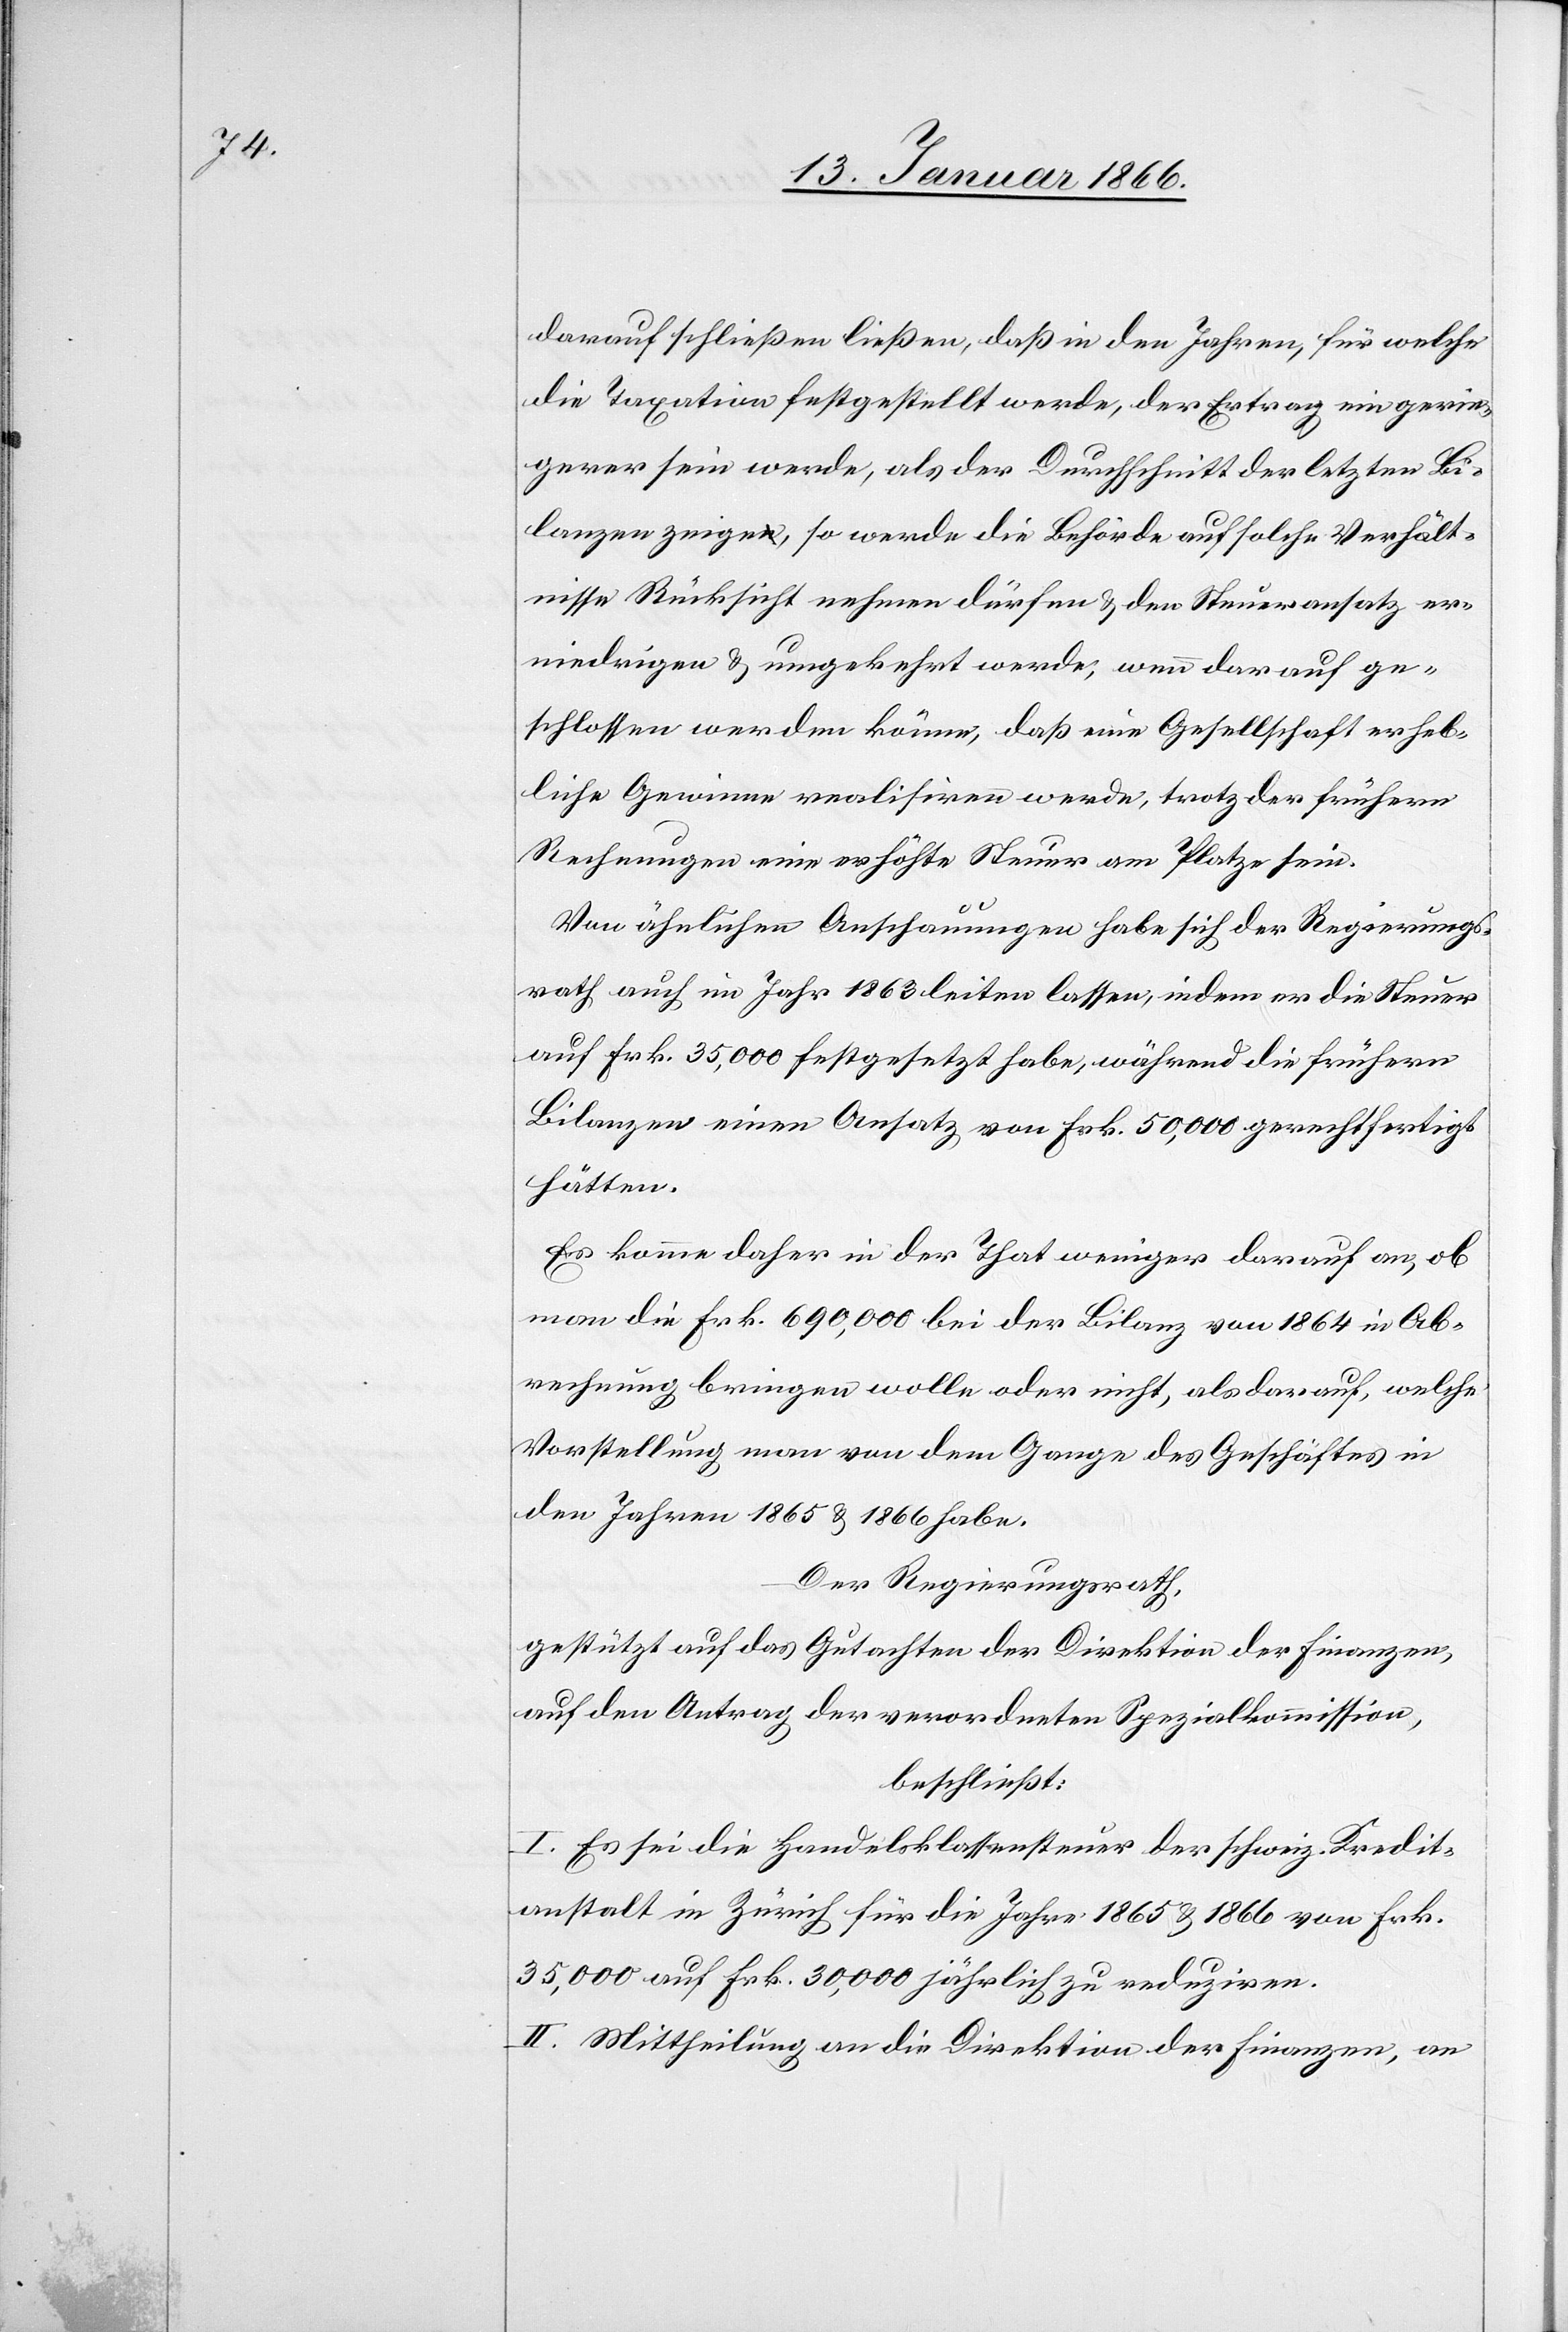
darauf schließen ließen, daß in den Jahren, für welche
die Taxation festgestellt werde, der Ertrag ein gerin¬
gerer sein werde, als der Durchschnitt der letzten Bi¬
lanzen zeigen, so werde die Behörde auf solche Verhält¬
nisse Rücksicht nehmen dürfen u. den Steueransatz n¬
iedrigen u. umgekehrt werde, wenn darauf ge¬
schlossen werden könne, daß eine Gesellschaft erheb¬
liche Gewinne realisiren werde, trotz der frühern
Rechnungen eine erhöhte Steuer am Platze sein.
Von ähnlichen Anschauungen habe sich der Regierungs¬
rath auch im Jahr 1863 leiten lassen, indem er die Steuer
auf Frk. 35,000 festgesetzt habe, während die frühern
Bilanzen einen Ansatz von Frk. 50,000 gerechtfertigt
hätten.
Es komme daher in der That weniger darauf an, ob
man die Frk. 690,000 bei der Bilanz von 1864 in Ab¬
rechnung bringen wolle oder nicht, als darauf, welche
Vorstellung man von dem Gange des Geschäftes in
den Jahren 1865 u. 1866 habe.
Der Regierungsrath,
gestützt auf das Gutachten der Direktion der Finanzen,
auf den Antrag der verordneten Spezialkommission,
beschließt:
I. Es sei die Handelsklassensteuer der schweiz. Kredit¬
anstalt in Zürich für die Jahre 1865 u. 1866 von Frk.
35,000 auf Frk. 30,000 jährlich zu reduziren.
II. Mittheilung an die Direktion der Finanzen, an